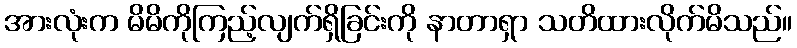
အားလုံးက မိမိကိုကြည့်လျက်ရှိခြင်းကို နာတာရှာ သတိထားလိုက်မိသည်။